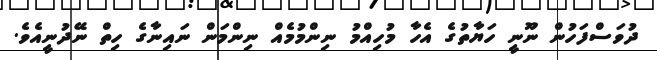
ދުވަސްފަހުން ނޫނީ ހަޔާތުގެ އެހާ މުހިއްމު ނިންމުމެއް ނިންމަން ނައިނާގެ ހިތް ނޭދުނީއެވެ.